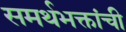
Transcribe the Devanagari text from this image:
समर्थभक्तांची